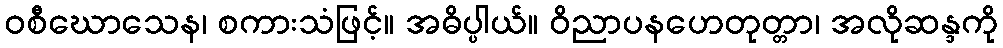
ဝစီဃောသေန၊ စကားသံဖြင့်။ အဓိပ္ပါယ်။ ဝိညာပနဟေတုတ္တာ၊ အလိုဆန္ဒကို